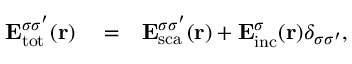
\begin{array} { r l r } { { \bf E } _ { \mathrm { { t o t } } } ^ { \sigma \sigma ^ { \prime } } ( { \bf r } ) } & { { } = } & { { \bf E } _ { \mathrm { { s c a } } } ^ { \sigma \sigma ^ { \prime } } ( { \bf r } ) + { \bf E } _ { \mathrm { { i n c } } } ^ { \sigma } ( { \bf r } ) \delta _ { \sigma \sigma ^ { \prime } } , } \end{array}